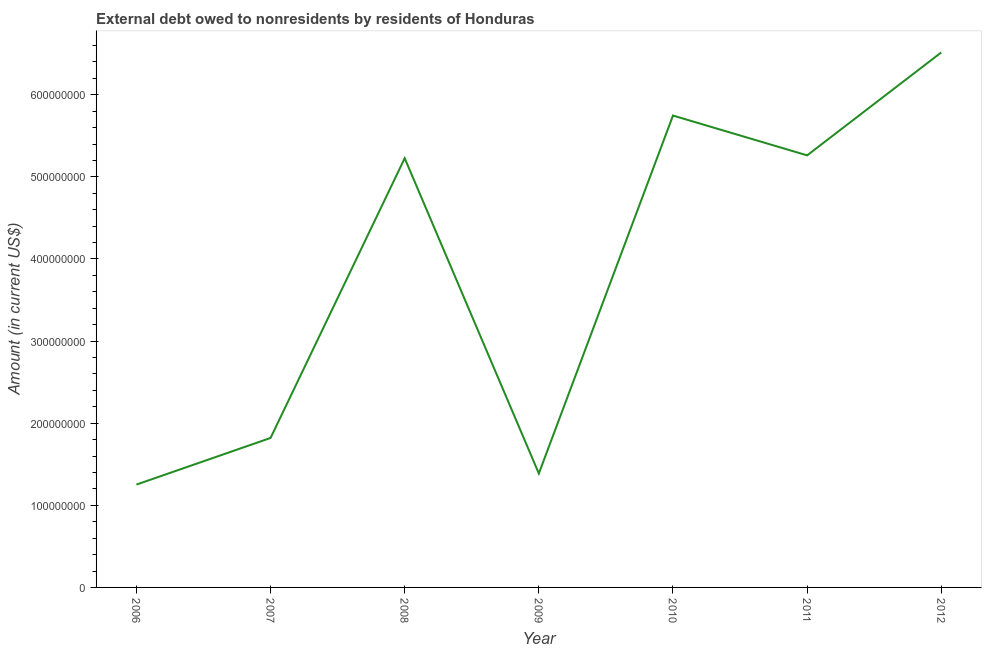
| Year | Debt |
 | --- | --- |
 | 2006 | 1.25e+08 |
 | 2007 | 1.82e+08 |
 | 2008 | 5.23e+08 |
 | 2009 | 1.39e+08 |
 | 2010 | 5.75e+08 |
 | 2011 | 5.26e+08 |
 | 2012 | 6.52e+08 |